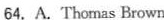
64.A.Thomas Brown